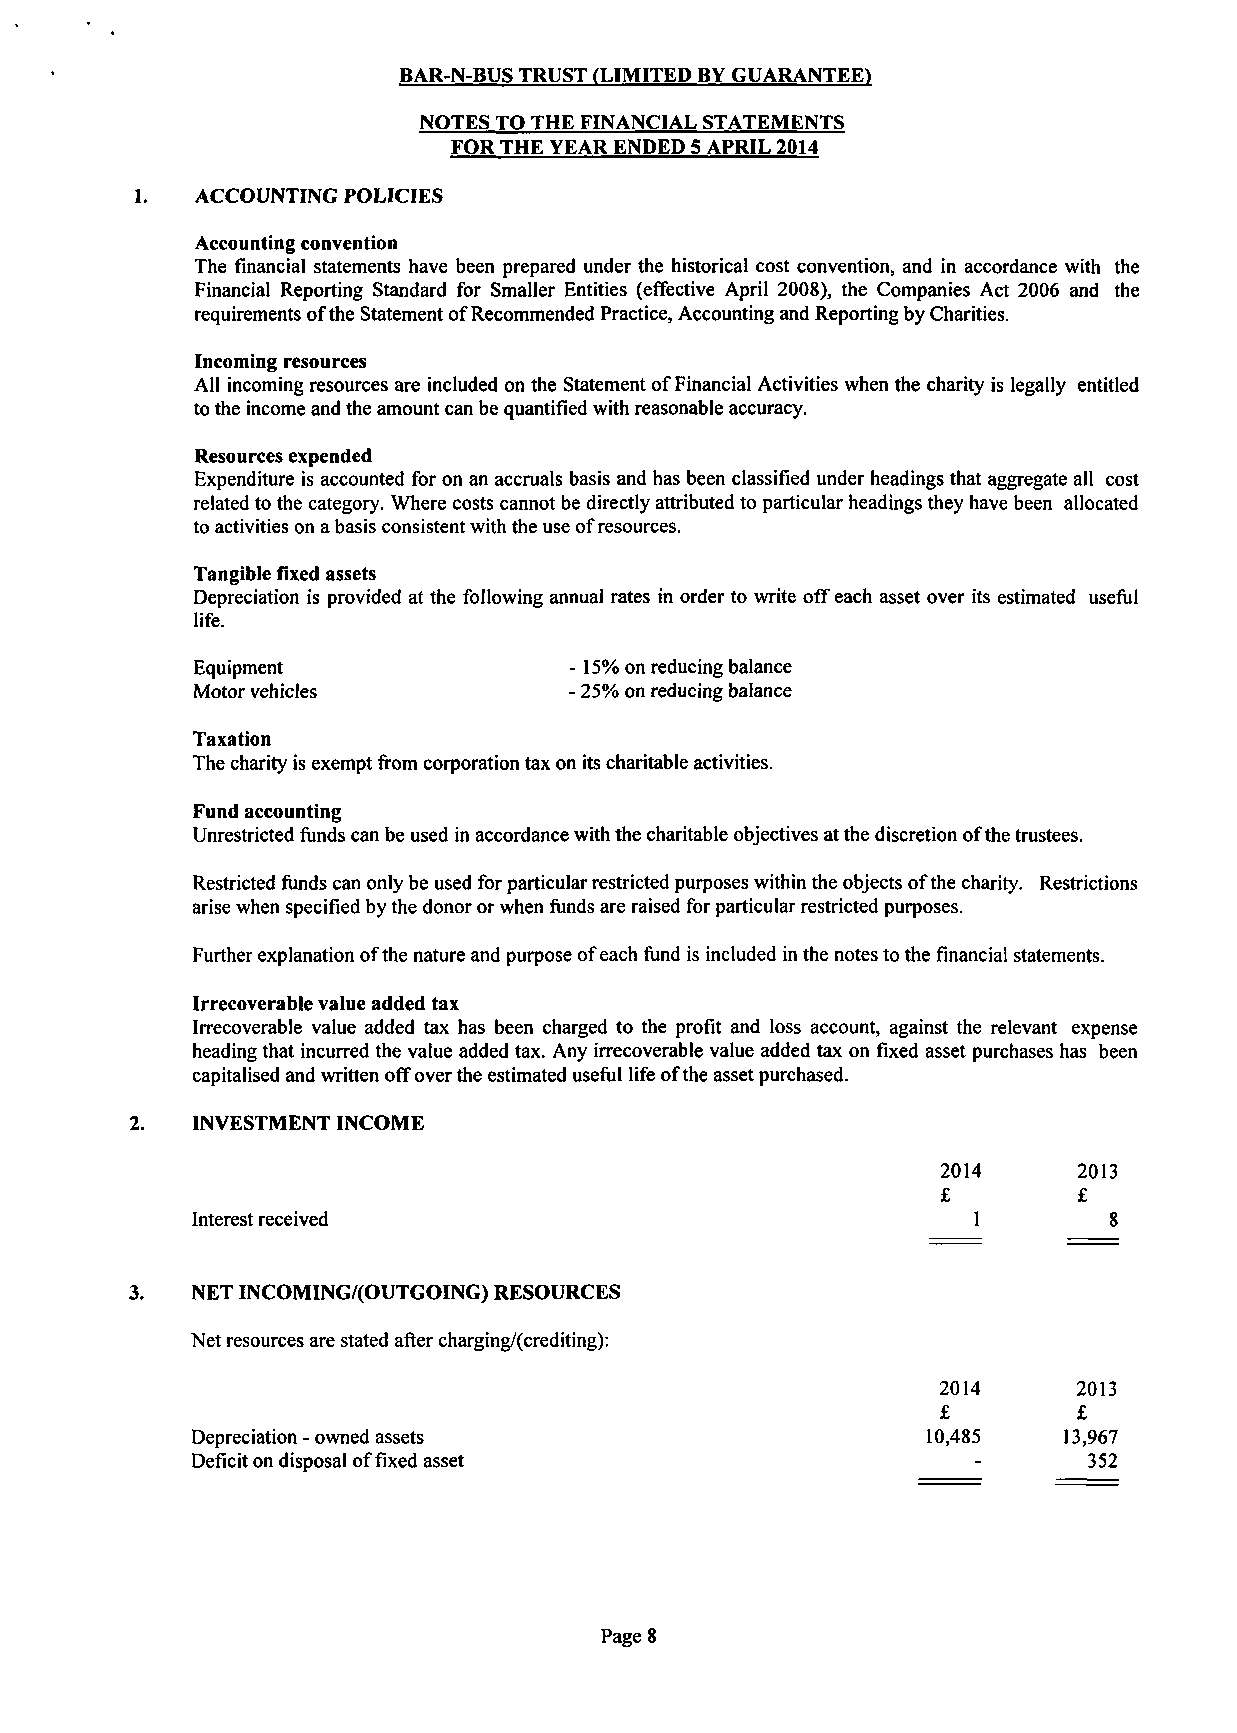
BAR-N-BUS TRUST (LIMITED BY GUARANTEE)
 NOTES TO THE FINANCIAL STATEMENTS
 FOR THE YEAR ENDED 5 APRIL 2014
 1.  ACCOUNTING POLICIES
 Accounting convention
 The financial statements have been prepared under the historical cost convention, and in accordance with the
 Financial Reporting Standard for Smaller Entities (effective April 2008), the Companies Act 2006 and the
 requirements of the Statement of Recommended Practice, Accounting and Reporting by Charities.
 Incoming resources
 All incoming resources are included on the Statement of Financial Activities when the charity is legally entitled
 to the income and the amount can be quantified with reasonable accuracy.
 Resources expended
 Expenditure is accounted for on an accruals basis and has been classified under headings that aggregate all cost
 related to the category. Where costs cannot be directly attributed to particular headings they have been allocated
 to activities on a basis consistent with the use of resources.
 Tangible fixed assets
 Depreciation is provided at the following annual rates in order to write off each asset over its estimated useful
 life.
 Equipment                - 15% on reducing balance
 Motor vehicles           - 25% on reducing balance
 Taxation
 The charity is exempt fromc orporation tax on its charitable activities.
 Fund accounting
 Unrestricted funds can be used in accordance with the charitable objectives at the discretion of the trustees.
 Restricted funds can only be used for particular restricted purposes within the objects of the charity. Restrictions
 arise when specified by the donor or when funds are raised for particular restricted purposes.
 Further explanation of the nature and purpose of each fund is included in the notes to the financial statements.
 Irrecoverable value added tax
 Irrecoverable value added tax has been charged to the profit and loss account, against the relevant expense
 heading that incurred the value added tax. Any irrecoverable value added tax on fixed asset purchases has been
 capitalised and written off over the estimated useful life of the asset purchased.
 2.  INVESTMENT INCOME
 2014     2013
 £        £
 Interest received                                           8
 3.  NET INCOMING/(OUTGOING) RESOURCES
 Net resources are stated after charging/(crediting):
 2014     2013
 £        £
 Depreciation - owned assets                     10,485   13,967
 Deficit on disposal of fixed asset                         352
 Page 8